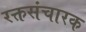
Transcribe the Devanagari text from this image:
रक्तसंचारक